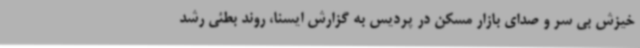
خیزش بی سر و صدای بازار مسکن در پردیس به گزارش ایسنا، روند بطئی رشد